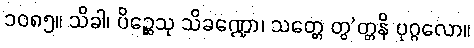
၁၀၈၅။ သိခါ၊ ပိဉ္ဆေသု သိခဏ္ဍော၊ သတ္တေ တွ’တ္တနိ ပုဂ္ဂလော။